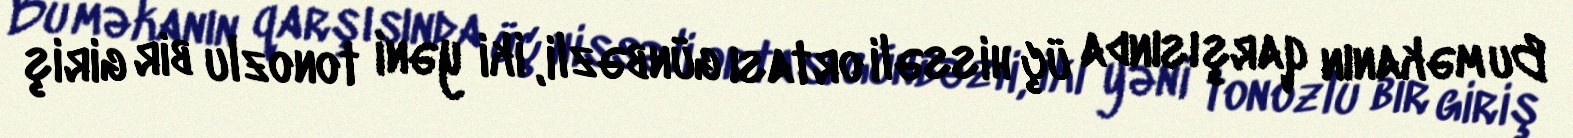
Bu məkanın qarşısında üç hissəli ortası günbəzli, iki yəni tonozlu bir giriş